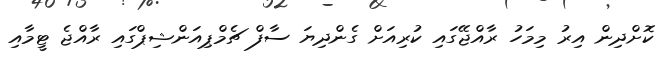
ކޮށްދިން އިރު މިމަހު ރާއްޖޭގައި ކުރިއަށް ގެންދިޔަ ސާފް ޗެމްޕިއަންޝިޕްގައި ރާއްޖެ ޓީމާއި